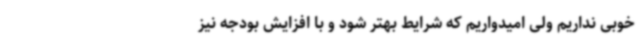
خوبی نداریم ولی امیدواریم که شرایط بهتر شود و با افزایش بودجه نیز